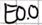
Text: E0.0